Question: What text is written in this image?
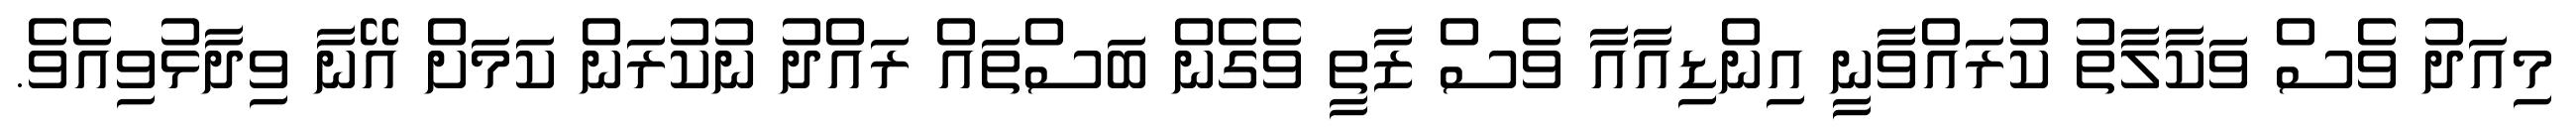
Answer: މިއަދު ވެސް ވަކާލާތު ކުރައްވާނީ އިންޑިއާއާ ވެސް ޒާތީ ވެގެން ބަސްތައް ރައްދު ނުކުރަން ކަމަށް އޭނާ ވިދާޅުވިއެވެ.